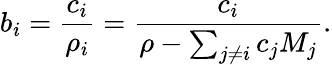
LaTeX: b_{i}={\frac{c_{i}}{\rho_{i}}}={\frac{c_{i}}{\rho-\sum_{j\neq i}c_{j}M_{j}}}.